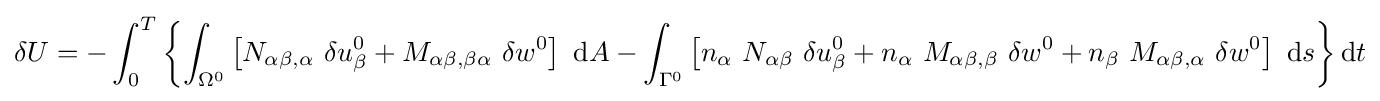
\delta U=-\int _{0}^{T}\left\{\int _{\Omega ^{0}}\left[N_{\alpha \beta ,\alpha }~\delta u_{\beta }^{0}+M_{\alpha \beta ,\beta \alpha }~\delta w^{0}\right]~\mathrm {d} A-\int _{\Gamma ^{0}}\left[n_{\alpha }~N_{\alpha \beta }~\delta u_{\beta }^{0}+n_{\alpha }~M_{\alpha \beta ,\beta }~\delta w^{0}+n_{\beta }~M_{\alpha \beta ,\alpha }~\delta w^{0}\right]~\mathrm {d} s\right\}\mathrm {d} t